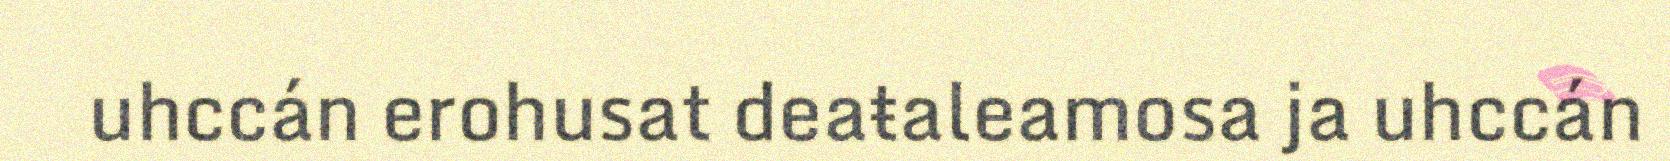
uhccán erohusat deaŧaleamosa ja uhccán